Code of medical and sanitary regulations for the guidance of medical officers serving in the Madras Presidency - Volume II
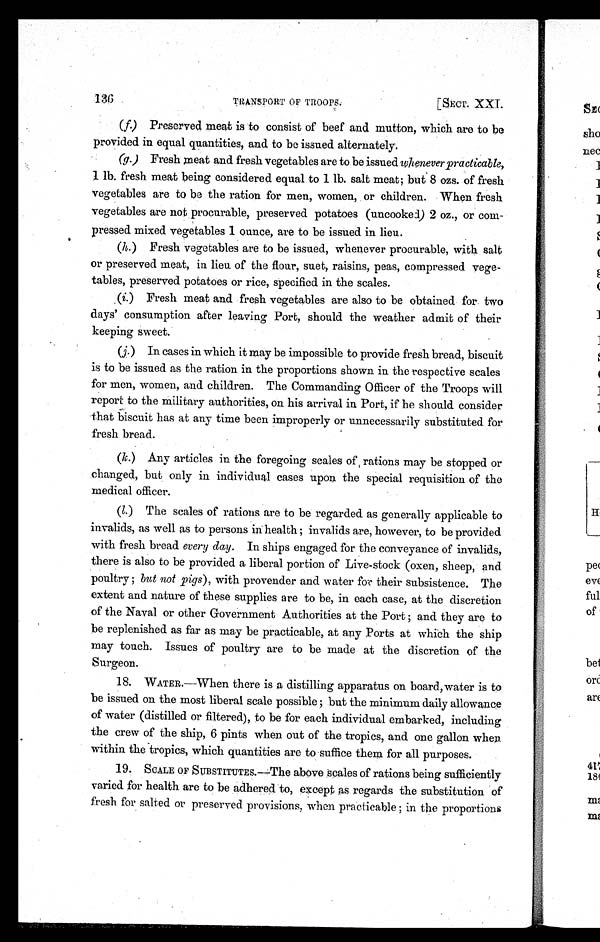
136
[SECT. XXI.
TRANSPORT OF TROOPS.
(f.) Preserved meat is to consist of beef and mutton, which are to be
provided in equal quantities, and to be issued alternately.
(g.) Fresh meat and fresh vegetables are to be issued whenever practicable,
1 lb. fresh meat being considered equal to 1 lb. salt meat; but 8 ozs. of fresh
vegetables are to be the ration for men, women, or children. When fresh
vegetables are not procurable, preserved potatoes (uncooked) 2 oz., or com-
pressed mixed vegetables 1 ounce, are to be issued in lieu.
(h.) Fresh vegetables are to be issued, whenever procurable, with salt
or preserved meat, in lieu of the flour, suet, raisins, peas, compressed vege-
tables, preserved potatoes or rice, specified in the scales.
(i.) Fresh meat and fresh vegetables are also to be obtained for two
days' consumption after leaving Port, should the weather admit of their
keeping sweet.
(j.) In cases in which it may be impossible to provide fresh bread, biscuit
is to be issued as the ration in the proportions shown in the respective scales
for men, women, and children. The Commanding Officer of the Troops will
report to the military authorities, on his arrival in Port, if he should consider
that biscuit has at any time been improperly or unnecessarily substituted for
fresh bread.
(k.) Any articles in the foregoing scales of, rations may be stopped or
changed, but only in individual cases upon the special requisition of the
medical officer.
(l.) The scales of rations are to be regarded as generally applicable to
invalids, as well as to persons in health; invalids are, however, to be provided
with fresh bread every day. In ships engaged for the conveyance of invalids,
there is also to be provided a liberal portion of Live-stock (oxen, sheep, and
poultry; but not pigs), with provender and water for their subsistence. The
extent and nature of these supplies are to be, in each case, at the discretion
of the Naval or other Government Authorities at the Port; and they are to
be replenished as far as may be practicable, at any Ports at which the ship
may touch. Issues of poultry are to be made at the discretion of the
Surgeon.
18. WATER.—When there is a distilling apparatus on board, water is to
be issued on the most liberal scale possible; but the minimum daily allowance
of water (distilled or filtered), to be for each individual embarked, including
the crew of the ship, 6 pints when out of the tropics, and one gallon when
within the tropics, which quantities are to suffice them for all purposes.
19.
SCALE OF SUBSTITUTES.—The above scales of rations being sufficiently
varied for health are to be adhered to, except as regards the substitution of
fresh for salted or preserved provisions, when practicable; in the proportions